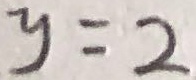
y = 2